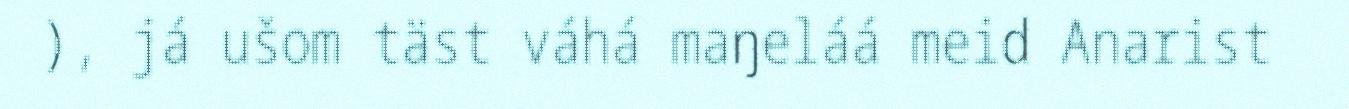
), já ušom täst váhá maŋeláá meid Anarist